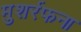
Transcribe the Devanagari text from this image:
मुशर्रफना